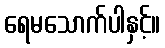
ရေမသောက်ပါနှင့်။